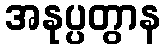
အနုပ္ပတွာန